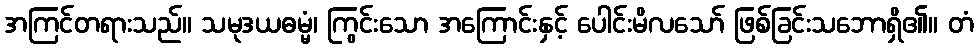
အကြင်တရားသည်။ သမုဒယဓမ္မံ၊ ကြွင်းသော အကြောင်းနှင့် ပေါင်းမိလသော် ဖြစ်ခြင်းသဘောရှိ၏။ တံ